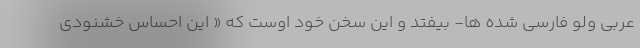
عربی ولو فارسی شده ها- بیفتد و این سخن خود اوست که « این احساس خشنودی